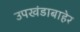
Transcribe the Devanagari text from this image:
उपखंडाबाहेर